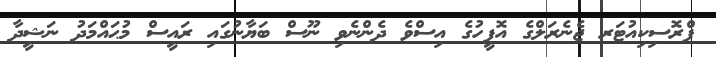
ޕްރޮސިކިއުޓަރ ޖެނެރަލްގެ އޮފީހުގެ އިސްވެ ދެންނެވި ނޫސް ބަޔާނުގައި ރައީސް މުޙައްމަދު ނަޝީދާ